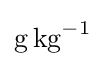
\mathrm {g} \,\mathrm {kg} ^{-1}